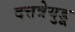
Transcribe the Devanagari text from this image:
दत्तत्रेयुडू